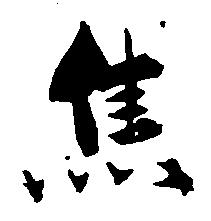
焦